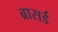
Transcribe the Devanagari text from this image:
ब्रासर्ड